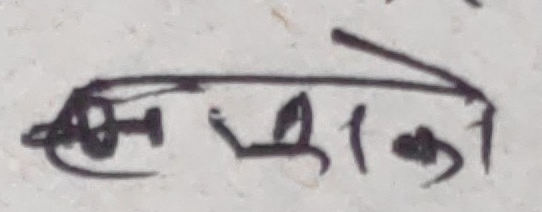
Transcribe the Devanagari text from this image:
ओम क को